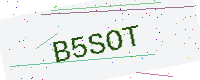
Text: B5SOT